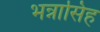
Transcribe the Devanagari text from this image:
भन्नासिंह